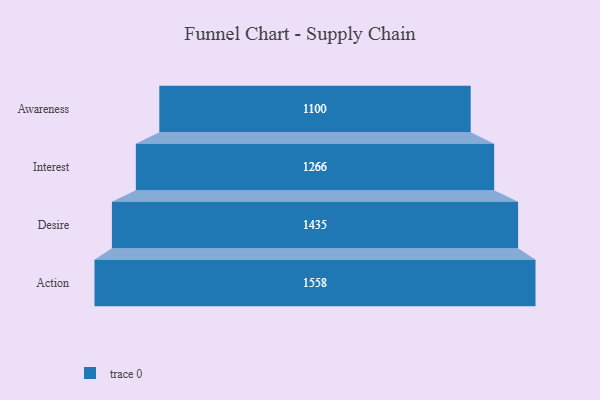
{"axis": {"x": "Stage", "y": "Value"}, "legend": [""], "data": [{"x": "Awareness", "y": 1100.0, "type": ""}, {"x": "Interest", "y": 1266.0, "type": ""}, {"x": "Desire", "y": 1435.0, "type": ""}, {"x": "Action", "y": 1558.0, "type": ""}]}